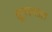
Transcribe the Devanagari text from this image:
घूर्णवातात